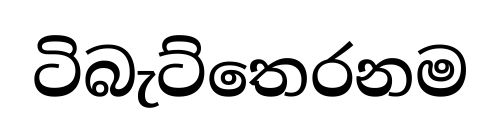
ටිබැට්තෙරනම